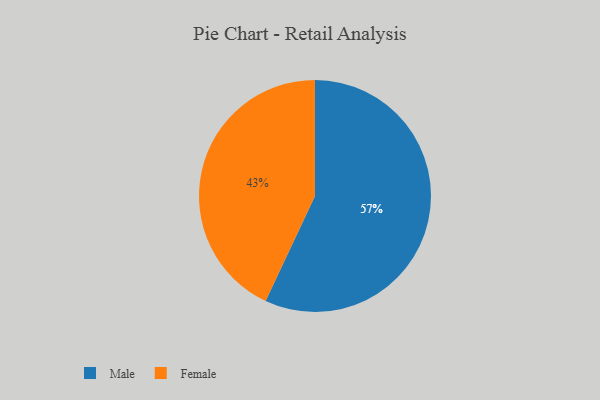
{"axis": {"x": "Category", "y": "Percentage"}, "legend": ["Female", "Male"], "data": [{"x": "Male", "y": 57, "type": "Male"}, {"x": "Female", "y": 43, "type": "Female"}]}